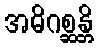
အဓိဂစ္ဆန္တိ